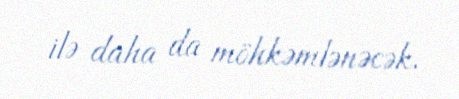
ilə daha da möhkəmlənəcək.